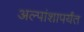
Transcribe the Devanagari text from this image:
अल्पांशापर्यंत